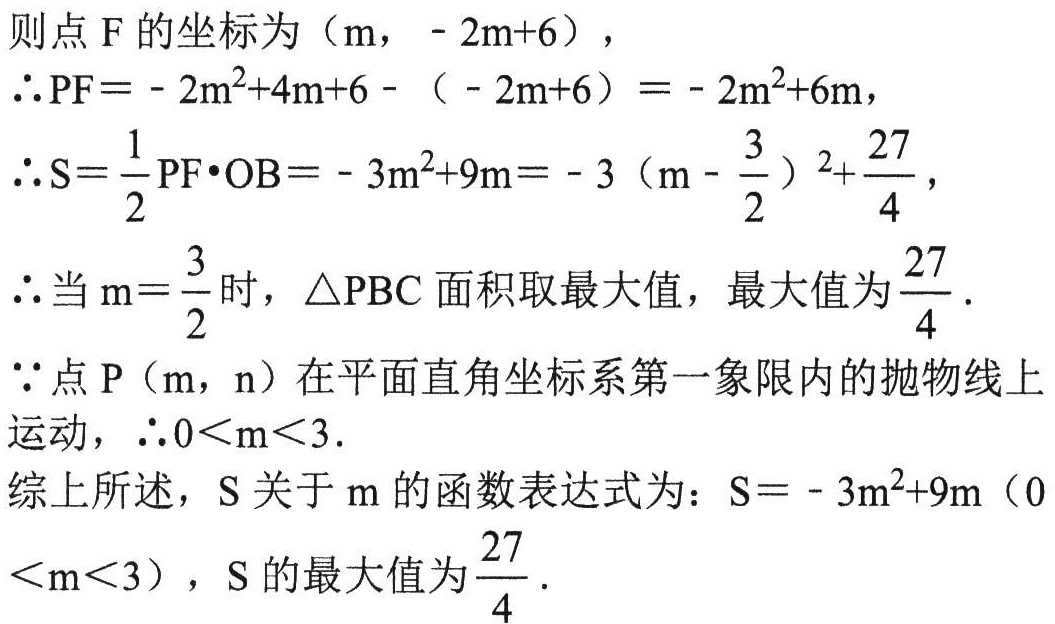
则点\(F\)的坐标为\((m,- 2m + 6)\)，
\(\therefore PF=-2m^{2}+4m + 6-(-2m + 6)=-2m^{2}+6m\)，
\(\therefore S=\dfrac{1}{2}PF\cdot OB=-3m^{2}+9m=-3\left(m-\dfrac{3}{2}\right)^{2}+\dfrac{27}{4}\)，
\(\therefore\)当\(m = \dfrac{3}{2}\)时，\(\triangle PBC\)面积取最大值，最大值为\(\dfrac{27}{4}\).
\(\because\)点\(P(m,n)\)在平面直角坐标系第一象限内的抛物线上运动，\(\therefore 0 < m < 3\).
综上所述，\(S\)关于\(m\)的函数表达式为：\(S=-3m^{2}+9m\ (0 < m < 3)\)，\(S\)的最大值为\(\dfrac{27}{4}\).